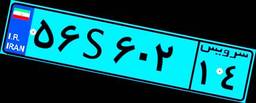
۵۶S۶۰۲۱۴